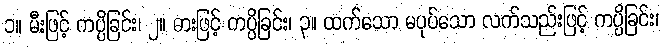
၁။ မီးဖြင့် ကပ္ပိခြင်း၊ ၂။ ဓားဖြင့် ကပ္ပိခြင်း၊ ၃။ ထက်သော မပုပ်သော လက်သည်းဖြင့် ကပ္ပိခြင်း၊